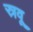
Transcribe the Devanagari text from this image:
स्रवू